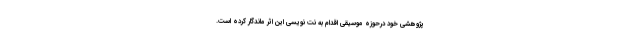
پژوهشی خود درحوزه موسیقی اقدام به نت نویسی این اثر ماندگار کرده است.